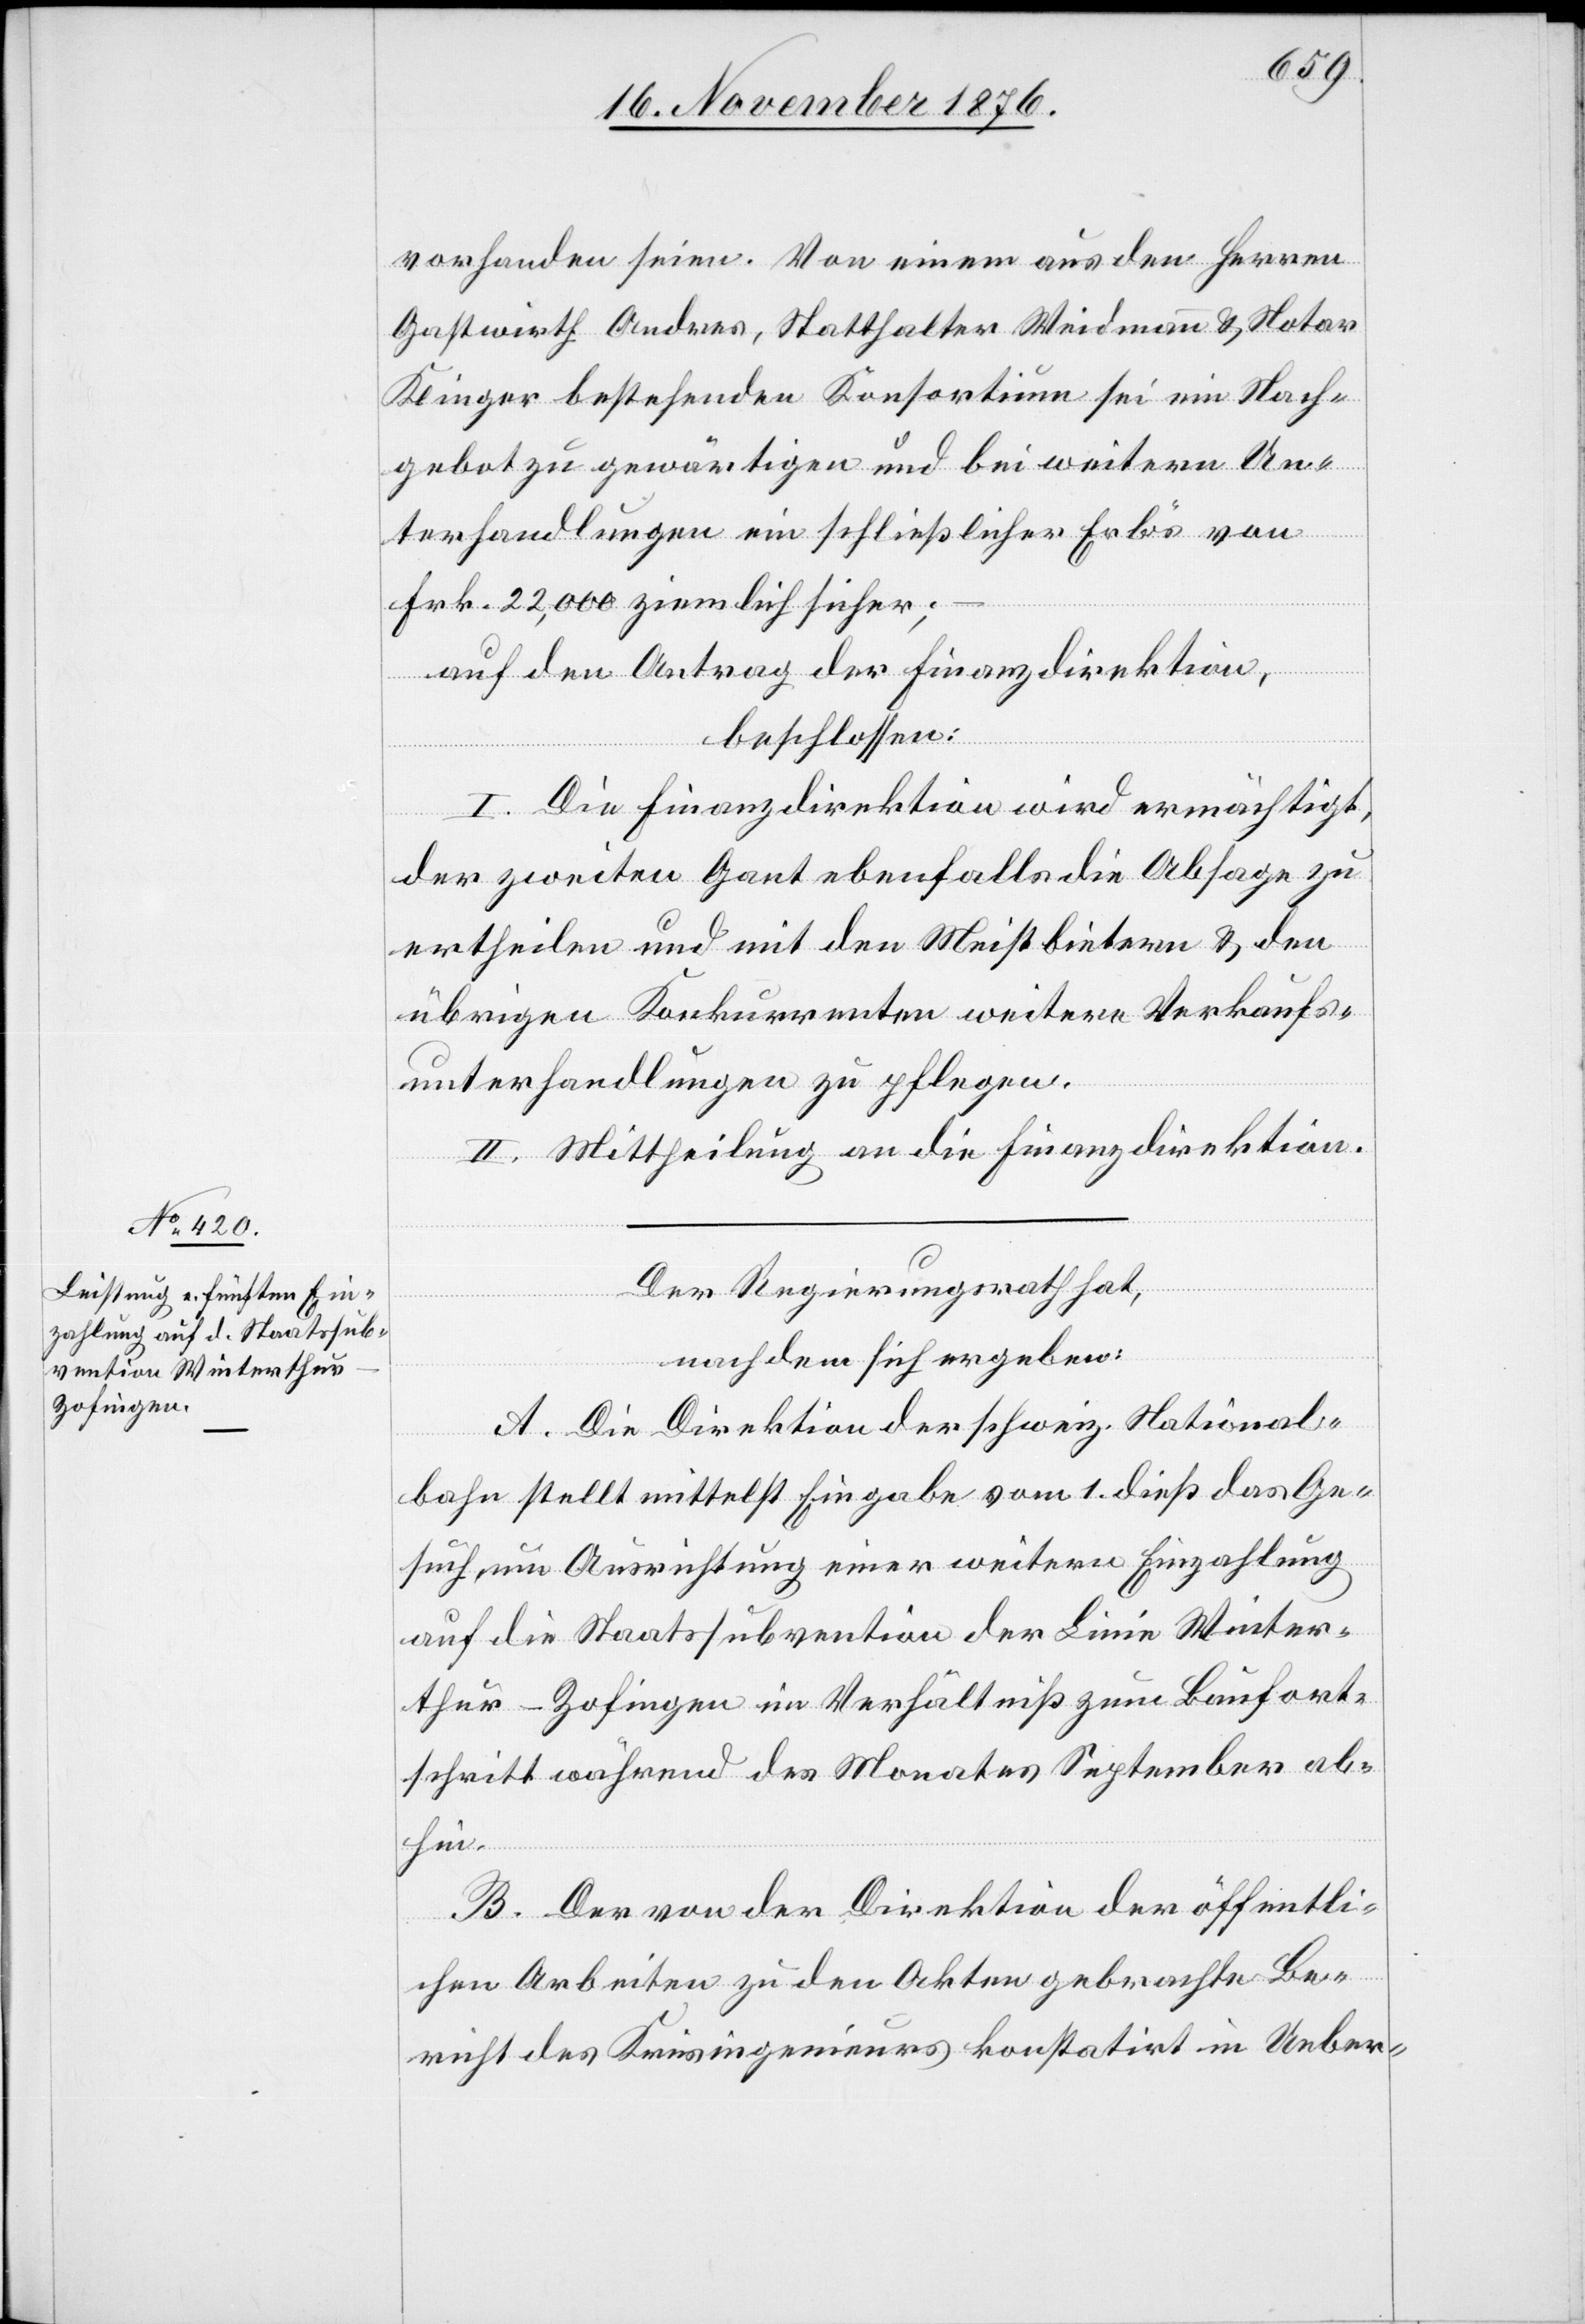
vorhanden seien. Von einem aus den Herren
Gastwirth Andres, Statthalter Weidmann & Notar
Klinger bestehenden Konsortium sei ein Nach¬
gebot zu gewärtigen und bei weitern Un¬
terhandlungen ein schließlicher Erlös von
Frk. 22,000 ziemlich sicher;
auf den Antrag der Finanzdirektion,
beschlossen:
I. Die Finanzdirektion wird ermächtigt,
der zweiten Gant ebenfalls die Absage zu
ertheilen und mit den Meistbietern & den
übrigen Konkurrenten weitere Verkaufs¬
unterhandlungen zu pflegen.
II. Mittheilung an die Finanzdirektion.
Der Regierungsrath hat,
nachdem sich ergeben:
A. Die Direktion der schweiz. National¬
bahn stellt mittelst Eingabe vom 1. dieß das Ge¬
such um Ausrichtung einer weitern Einzahlung
auf die Staatssubvention der Linie Winter¬
thur–Zofingen im Verhältniß zum Baufort¬
schritt während des Monates September ab¬
hin.
B. Der von der Direktion der öffentli¬
chen Arbeiten zu den Akten gebrachte Be¬
richt des Kreisingenieurs konstatirt in Ueber-